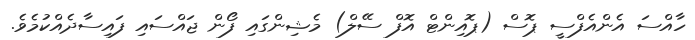
ހާއްސަ އެންއެފްސީ ޕޮސް (ޕޮއިންޓް އޮފް ސޭލް) މެޝިންގައި ފޯން ޖައްސައި ފައިސާދެއްކުމެވެ.